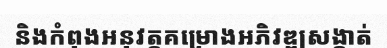
និងកំពុងអនុវត្តគម្រោងអភិវឌ្ឍសង្កាត់